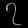
Digit: ၇